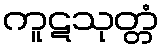
ကူဋသုတ္တံ